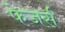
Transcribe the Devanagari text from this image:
फेजर्स